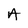
Character: A